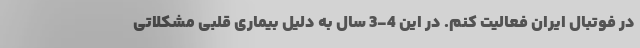
در فوتبال ایران فعالیت کنم. در این 4-3 سال به دلیل بیماری قلبی مشکلاتی